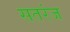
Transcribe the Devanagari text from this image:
सतरंज